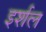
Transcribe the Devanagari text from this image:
इर्शल